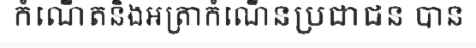
កំណើតនិងអត្រាកំណើនប្រជាជន បាន